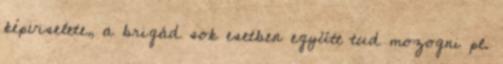
képviselete, a brigád sok esetben együtt tud mozogni pl.